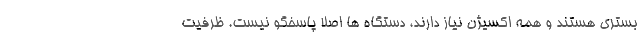
بستری هستند و همه اکسیژن نیاز دارند، دستگاه ها اصلا پاسخگو نیست. ظرفیت